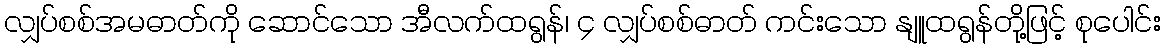
လျှပ်စစ်အမဓာတ်ကို ဆောင်သော အီလက်ထရွန်၊ ၄ လျှပ်စစ်ဓာတ် ကင်းသော နျူထရွန်တို့ဖြင့် စုပေါင်း